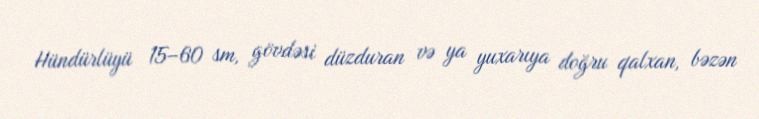
Hündürlüyü 15–60 sm, gövdəsi düzduran və ya yuxarıya doğru qalxan, bəzən